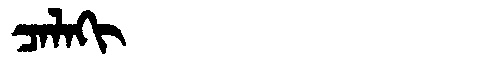
Manchu: ᠴᠠᠯᠠᡴᡳ
Romanization: CALAKI